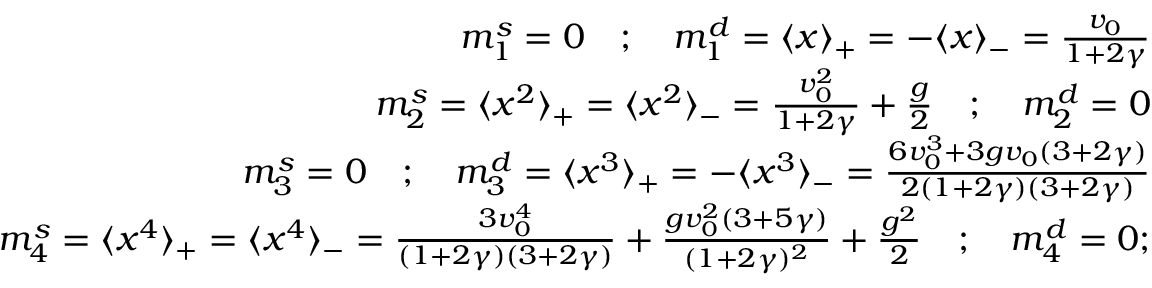
\begin{array} { r l r } & { } & { m _ { 1 } ^ { s } = 0 \quad ; \quad m _ { 1 } ^ { d } = \langle x \rangle _ { + } = - \langle x \rangle _ { - } = \frac { v _ { 0 } } { 1 + 2 \gamma } } \\ & { } & { m _ { 2 } ^ { s } = \langle x ^ { 2 } \rangle _ { + } = \langle x ^ { 2 } \rangle _ { - } = \frac { v _ { 0 } ^ { 2 } } { 1 + 2 \gamma } + \frac { g } { 2 } \quad ; \quad m _ { 2 } ^ { d } = 0 } \\ & { } & { m _ { 3 } ^ { s } = 0 \quad ; \quad m _ { 3 } ^ { d } = \langle x ^ { 3 } \rangle _ { + } = - \langle x ^ { 3 } \rangle _ { - } = \frac { 6 v _ { 0 } ^ { 3 } + 3 g v _ { 0 } ( 3 + 2 \gamma ) } { 2 ( 1 + 2 \gamma ) ( 3 + 2 \gamma ) } } \\ & { } & { m _ { 4 } ^ { s } = \langle x ^ { 4 } \rangle _ { + } = \langle x ^ { 4 } \rangle _ { - } = \frac { 3 v _ { 0 } ^ { 4 } } { ( 1 + 2 \gamma ) ( 3 + 2 \gamma ) } + \frac { g v _ { 0 } ^ { 2 } ( 3 + 5 \gamma ) } { ( 1 + 2 \gamma ) ^ { 2 } } + \frac { g ^ { 2 } } { 2 } \quad ; \quad m _ { 4 } ^ { d } = 0 ; } \end{array}